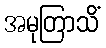
အမုတြာသိံ